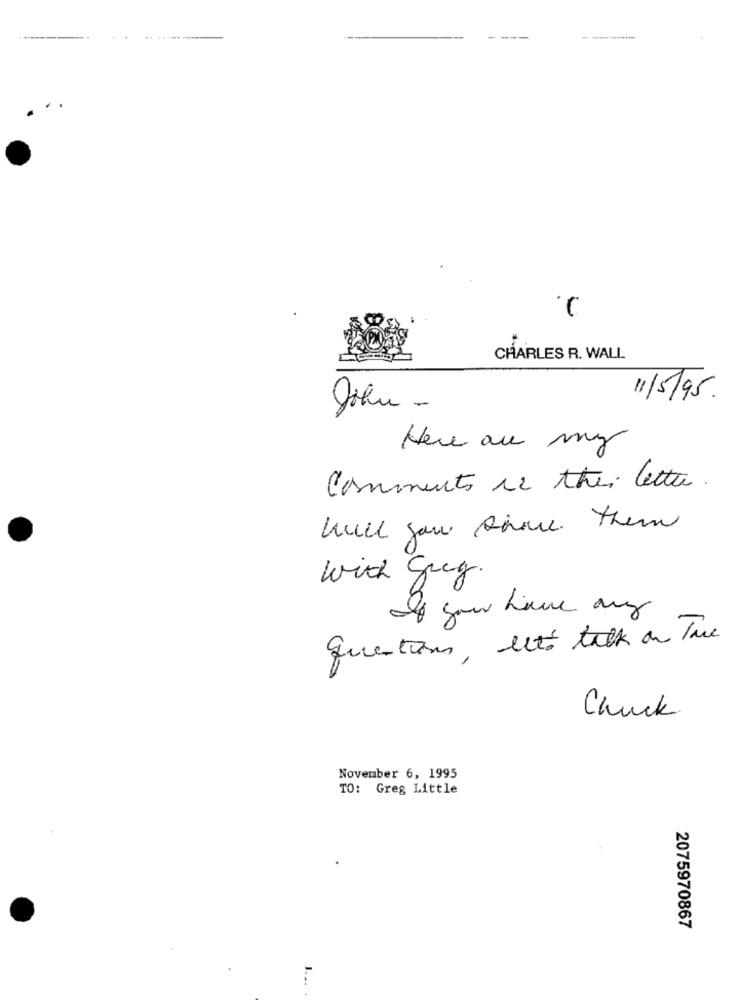
CHARLES R. WALL
11/5/95.
Here au my
Comments ce the letter.
Will you share them
with Greg.
If you have any
questions, let's talk on The
Chuck
November 6, 1995
TO: Greg Little
2075970867